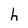
Character: h